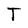
Character: T